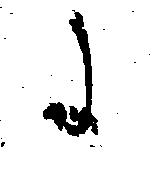
に